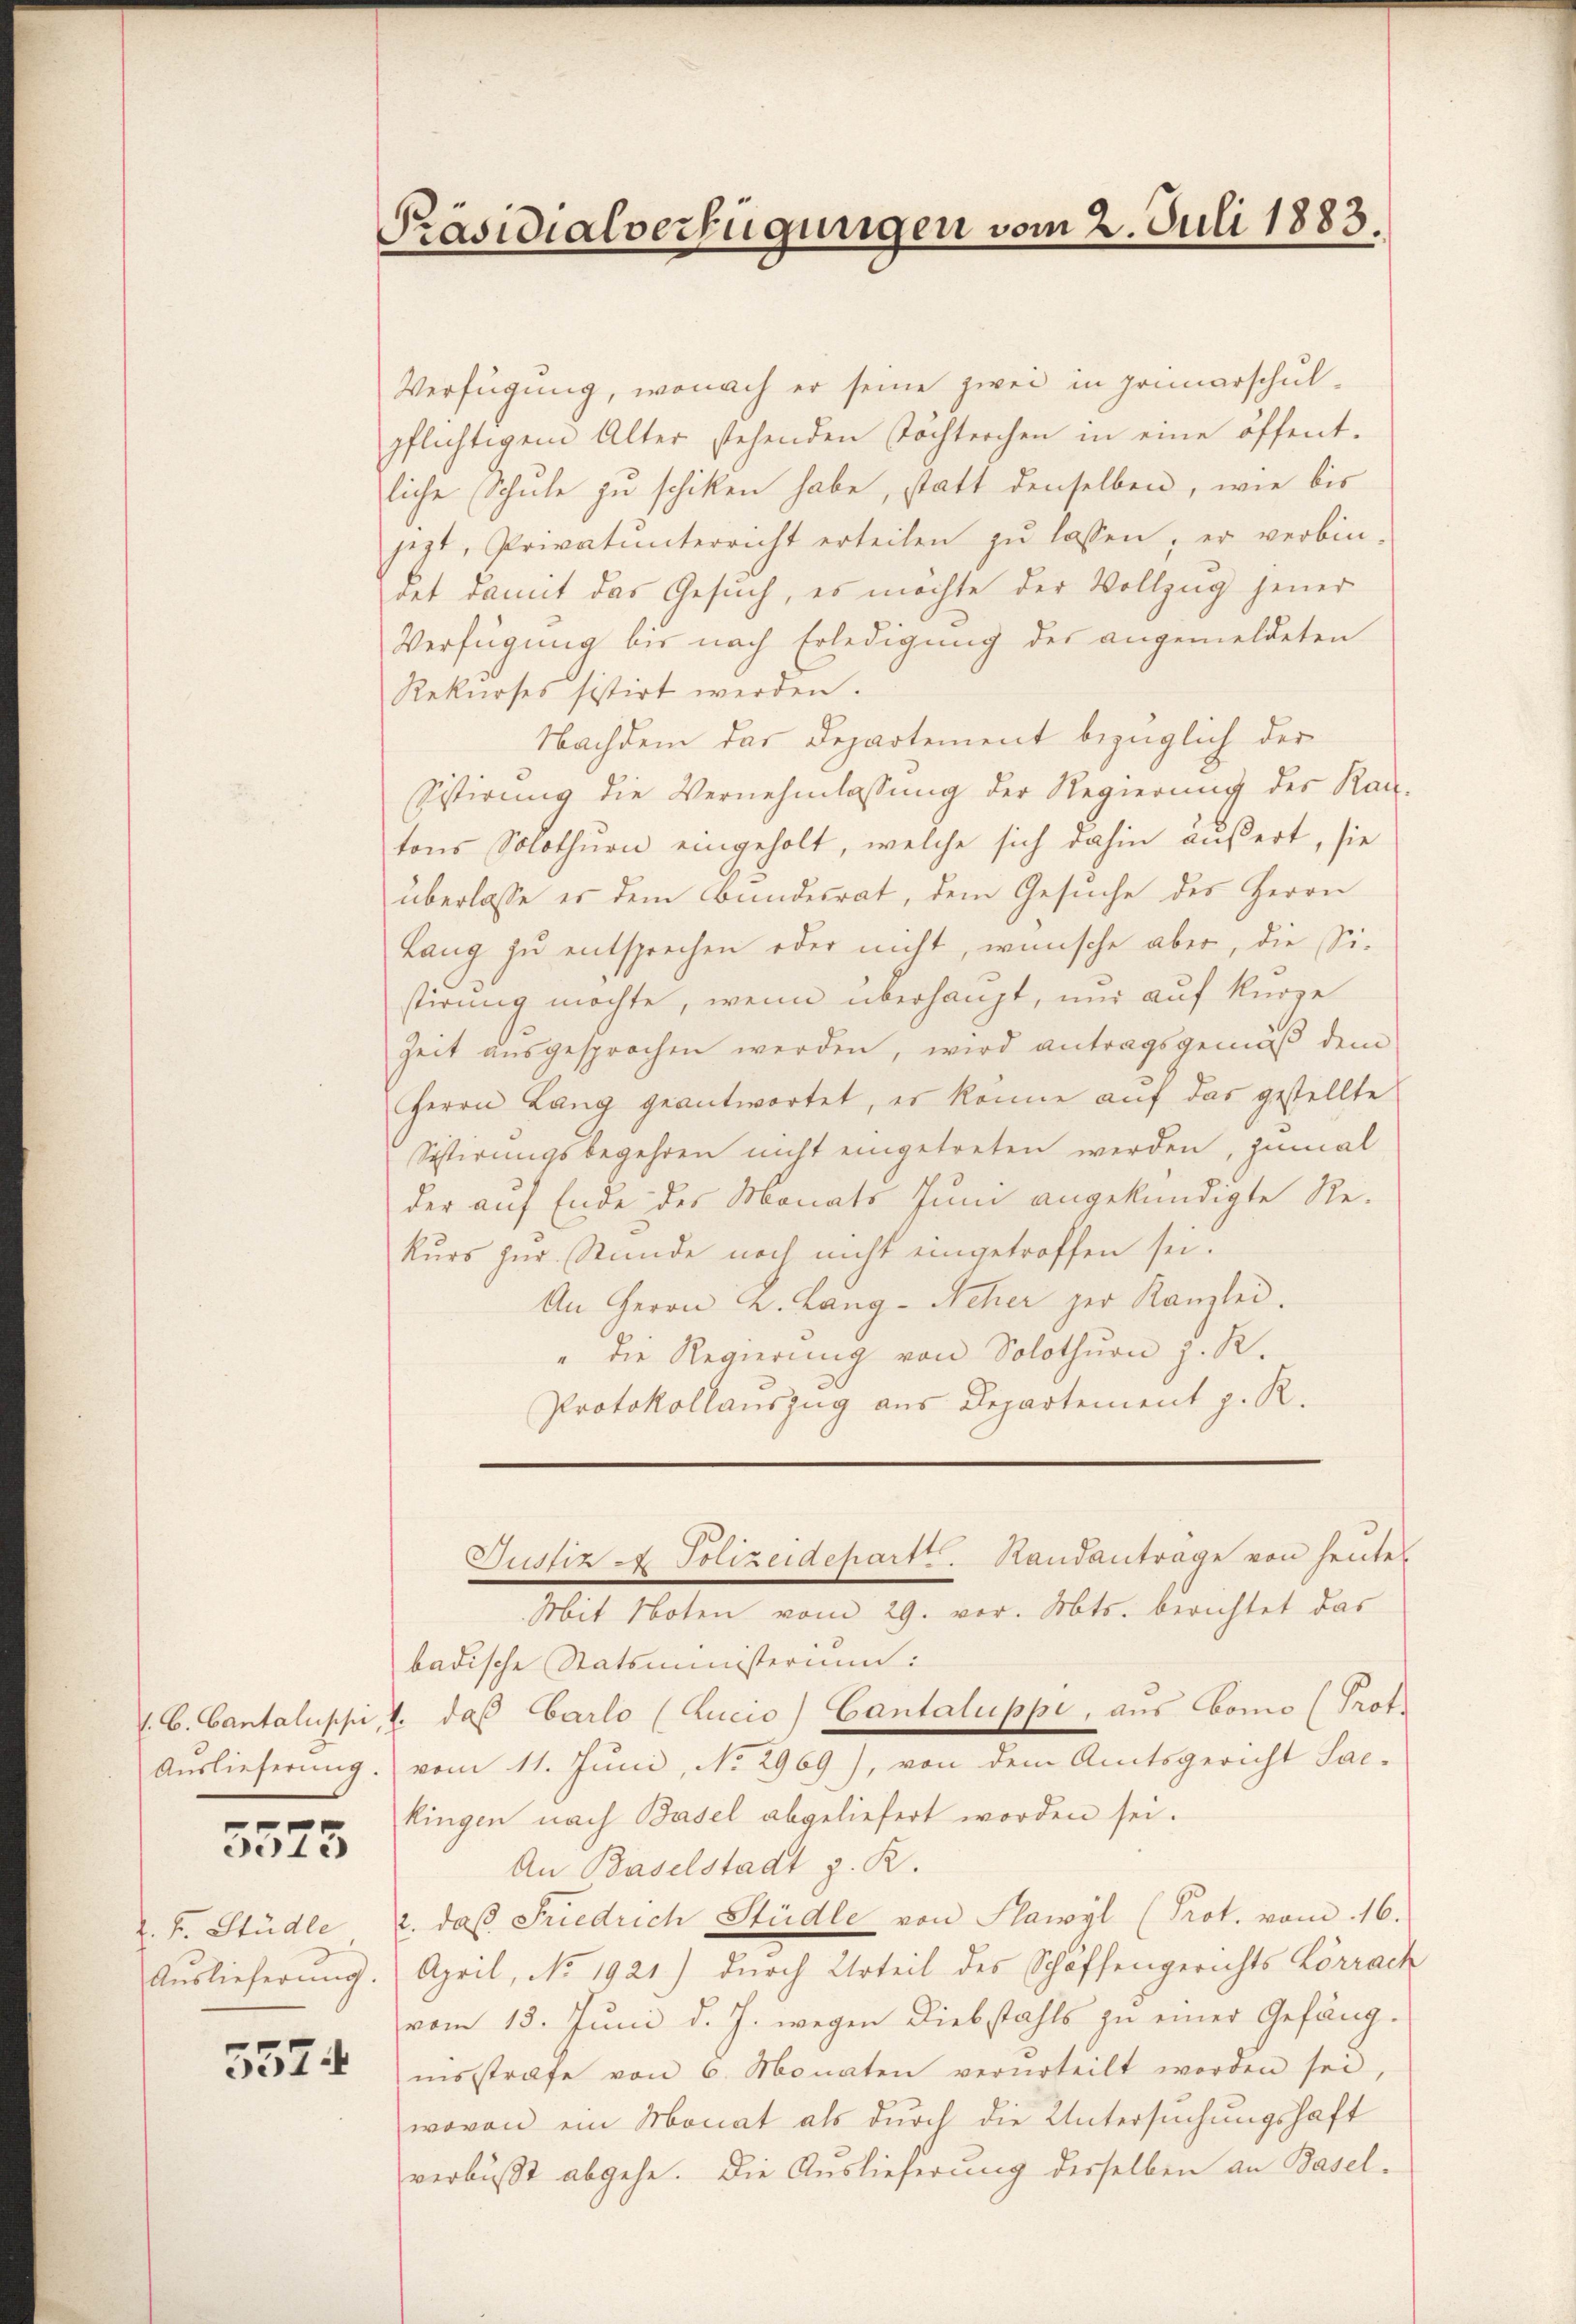
Auslieferung.

5575

z. F. Stüdle
Auslieferŭng.

3574

Präsidialverfügungen vom 2. Juli 1883.

Verfügung, wonach er seine zwei in primarschulpflichtigem Alter stehenden Töchterchen in eine öffent-
liche Schŭle zŭ schiken habe, statt denselben, wie bis
jezt, Privatunterricht erteilen zŭ lassen, er verbin-
det damit das Gesuch, es möchte der Vollzug jener
Verfügung bis nach Erledigung des angemeldeten
Rekurses sistirt werden.
Nachdem das Departement bezüglich der
Sistirung die Vernehmlassung der Regierung des Kan-
tons Solothurn eingeholt, welche sich dahin äußert, sie
überlasse es dem Bundesrat, dem Gesuche des Herrn
Lang zu entsprechen oder nicht, wünsche aber, die Sistirung möchte, wenn überhaupt, nur auf kurze
Zeit ausgesprochen werden, wird antragsgemäß dem
Herrn Lang geantwortet, es könne auf das gestellte
Sistirungsbegehren nicht eingetreten werden, zumal
der auf Ende des Monats Juni angekündigte Re-
kurs zur Stunde noch nicht eingetroffen sei.
An Herrn K. Lang-Neher der Kanzlei.
" die Regierung von Solothurn z. R.
Protokollauszug aus Departement z. R.

badische Statsministerium:
J. C. Cantalischi, 1. daß Carlo (Zucio) Cantaluppe, aus bono (Prof.
vom 11. Juni, No 2969), von dem Amtsgericht Sae-
kingen nach Basel abgeliefert worden sei.
An Baselstadt z. R.
2. daβ Friedrich Städte von Flawyl (Prot. vom 16.
April, No. 1921.) durch Urteil des Schöffengerichts Lörrach
vom 13. Juni d. J. wegen Diebstahls zu einer Gefäng-
nisstrafe von 6. Monaten verurteilt worden sei,
wovon ein Monat als durch die Untersuchungshaft
verbust abgehe. Die Auslieferung derselben an Basel-

Justiz - Polizeidepartt. Randanträge von heute
Mit Noten vom 29. vor. Mts. berichtet das